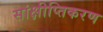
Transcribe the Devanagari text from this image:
सांक्षीप्तिकरण